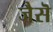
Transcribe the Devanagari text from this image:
जैसॆ